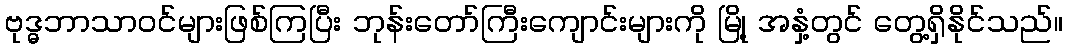
ဗုဒ္ဓဘာသာဝင်များဖြစ်ကြပြီး ဘုန်းတော်ကြီးကျောင်းများကို မြို့ အနှံ့တွင် တွေ့ရှိနိုင်သည်။